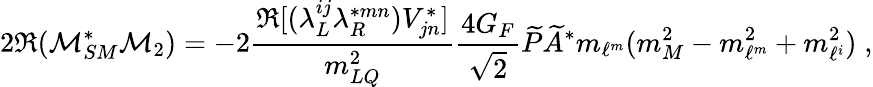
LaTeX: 2\Re(\mathcal{M}_{SM}^{*}\mathcal{M}_{2})=-2\frac{\Re[(\lambda_{L}^{ij}\lambda_{R}^{*mn})V_{jn}^{*}]}{m_{LQ}^{2}}\frac{4G_{F}}{\sqrt{2}}\widetilde{P}\widetilde{A}^{*}m_{\ell^{m}}(m_{M}^{2}-m_{\ell^{m}}^{2}+m_{\ell^{i}}^{2})\; ,